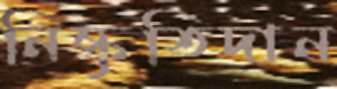
নিষ্কৃতিদান